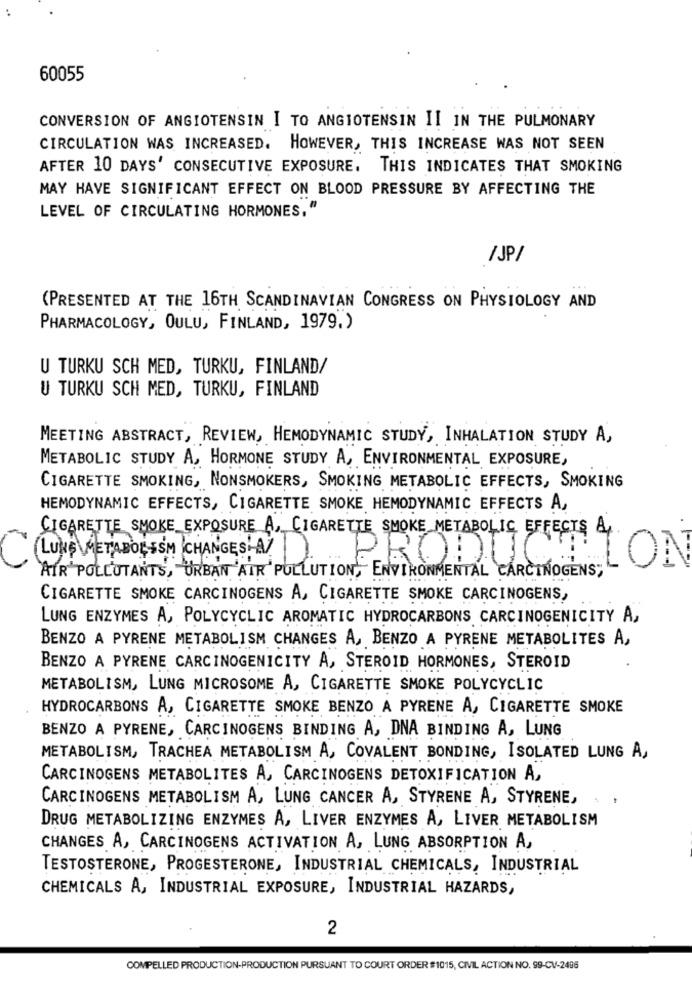
60055
CONVERSION OF ANGIOTENSIN I TO ANGIOTENSIN II IN THE PULMONARY
CIRCULATION WAS INCREASED. HOWEVER, THIS INCREASE WAS NOT SEEN
AFTER 10 DAYS' CONSECUTIVE EXPOSURE. THIS INDICATES THAT SMOKING
MAY HAVE SIGNIFICANT EFFECT ON BLOOD PRESSURE BY AFFECTING THE
LEVEL OF CIRCULATING HORMONES,"
/JP/
(PRESENTED AT THE 16TH SCANDINAVIAN CONGRESS ON PHYSIOLOGY AND
PHARMACOLOGY, OULU, FINLAND, 1979.)
U TURKU SCH MED, TURKU, FINLAND/
U TURKU SCH MED, TURKU, FINLAND
MEETING ABSTRACT, REVIEW, HEMODYNAMIC STUDY, INHALATION STUDY A,
METABOLIC STUDY A, HORMONE STUDY A, ENVIRONMENTAL EXPOSURE,
CIGARETTE SMOKING, NONSMOKERS, SMOKING METABOLIC EFFECTS, SMOKING
HEMODYNAMIC EFFECTS, CIGARETTE SMOKE HEMODYNAMIC EFFECTS A,
CIGARETTE SMOKE EXPOSURE A, CIGARETTE SMOKE METABOLIC, EFFECTS &,
LUNE METABOLISM CHANGES ) PRODUCTION
AIR POLLUTANTS, "URBAN 'AIR POLLUTION, ENVIRONMENTAL CARCINOGENS"
CIGARETTE SMOKE CARCINOGENS A, CIGARETTE SMOKE CARCINOGENS,
LUNG ENZYMES A, POLYCYCLIC AROMATIC HYDROCARBONS CARCINOGENICITY A,
BENZO A PYRENE METABOLISM CHANGES A, BENZO A PYRENE METABOLITES A,
BENZO A PYRENE CARCINOGENICITY A, STEROID HORMONES, STEROID
METABOLISM, LUNG MICROSOME A, CIGARETTE SMOKE POLYCYCLIC
HYDROCARBONS A, CIGARETTE SMOKE BENZO A PYRENE A, CIGARETTE SMOKE
BENZO A PYRENE, CARCINOGENS BINDING A, DNA BINDING A, LUNG
METABOLISM, TRACHEA METABOLISM A, COVALENT BONDING, ISOLATED LUNG A,
CARCINOGENS METABOLITES A, CARCINOGENS DETOXIFICATION A,
CARCINOGENS METABOLISM A, LUNG CANCER A, STYRENE A, STYRENE,
DRUG METABOLIZING ENZYMES A, LIVER ENZYMES A, LIVER METABOLISM
CHANGES A, CARCINOGENS ACTIVATION A, LUNG ABSORPTION A,
TESTOSTERONE, PROGESTERONE, INDUSTRIAL CHEMICALS, INDUSTRIAL
CHEMICALS A, INDUSTRIAL EXPOSURE, INDUSTRIAL HAZARDS,
2
COMPELLED PRODUCTION-PRODUCTION PURSUANT TO COURT ORDER #1015, CIVIL ACTION NO. 99-CV-2496